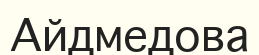
Айдмедова